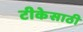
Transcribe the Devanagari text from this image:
टीकेसाठी